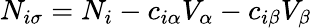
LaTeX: N_{i\sigma}=N_{i}-c_{i\alpha}V_{\alpha}-c_{i\beta}V_{\beta}